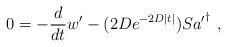
LaTeX: \begin{align*}0=-\frac{d}{dt} w' - (2D e^{-2D|t|}) S {a'}^{\dagger} ~,\end{align*}